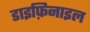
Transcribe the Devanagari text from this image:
डाइफ़िनाइल